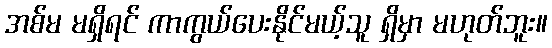
အစ်မ မရှိရင် ကာကွယ်ပေးနိုင်မယ့်သူ ရှိမှာ မဟုတ်ဘူး။